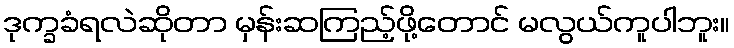
ဒုက္ခခံရလဲဆိုတာ မှန်းဆကြည့်ဖို့တောင် မလွယ်ကူပါဘူး။